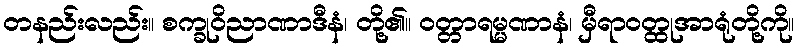
တနည်းလည်း။ စက္ခုဝိညာဏာဒီနံ၊ တို့၏။ ဝတ္တာရမ္မဏာနံ၊ မှီရာဝတ္ထုအာရုံတို့ကို။